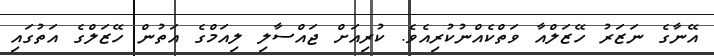
އޭނާގެ ނަޒަރު ހޭޒަލްއާ ވަތްކެއްނުކުރިއެވެ. ކުރިއަށް ޖައްސާލި ލިއަމްގެ އަތުން ހޭޒަލްގެ އަތުގައި